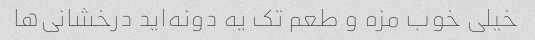
خیلی خوب مزه و طعم تک یه دونه‌اید درخشانی‌ها